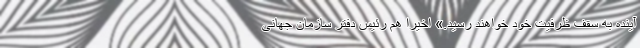
آینده به سقف ظرفیت خود خواهند رسید.» اخیراً هم رئیس دفتر سازمان جهانی